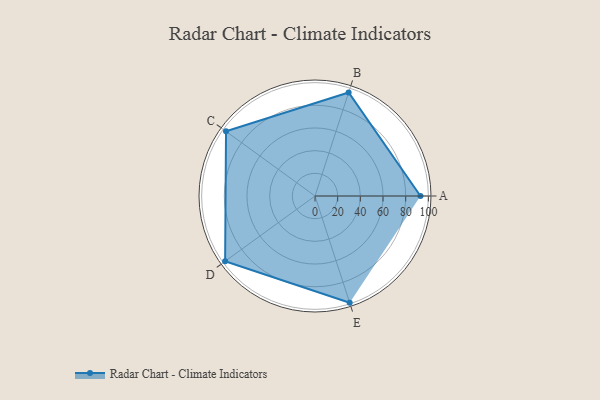
{"axis": {"x": "Skill", "y": "Score"}, "legend": ["Profile"], "data": [{"x": "A", "y": 93.0, "type": "Profile"}, {"x": "B", "y": 96.0, "type": "Profile"}, {"x": "C", "y": 97.0, "type": "Profile"}, {"x": "D", "y": 98.0, "type": "Profile"}, {"x": "E", "y": 99, "type": "Profile"}]}